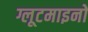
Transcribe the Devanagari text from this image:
ग्लूटमाइनों